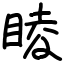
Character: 睖